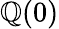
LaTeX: \mathbb{Q}(0)